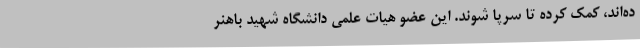
ده‌اند، کمک کرده تا سرپا شوند. این عضو هیات علمی دانشگاه شهید باهنر